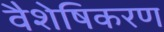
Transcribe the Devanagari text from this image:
वैशेषिकरण